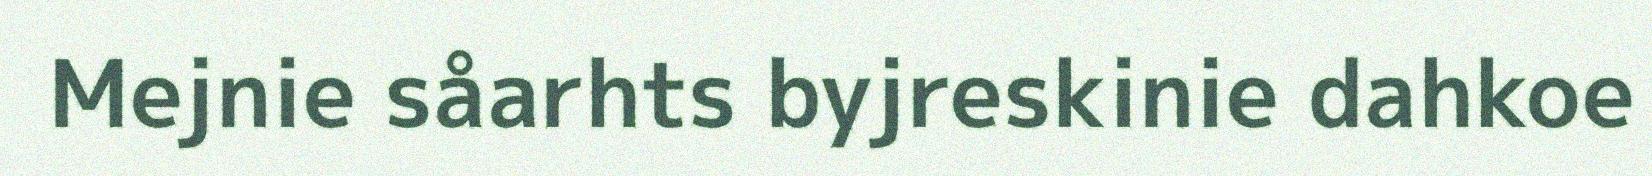
Mejnie såarhts byjreskinie dahkoe